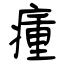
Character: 瘇